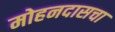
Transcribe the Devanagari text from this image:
मोहनदासचा